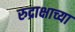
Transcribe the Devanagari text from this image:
रुद्राक्षाच्या